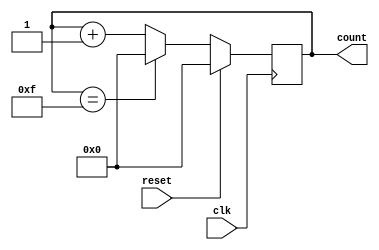
module binary_counter(
    input clk,
    input reset,
    output reg [3:0] count
);

always @(posedge clk) begin
    if (reset) begin
        count <= 4'b0000; // Reset count value
    end else begin
        if (count == 4'b1111) begin
            count <= 4'b0000; // Reset count value when max value is reached
        end else begin
            count <= count + 1; // Increment count value
        end
    end
end

endmodule